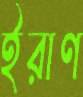
ইরাণ